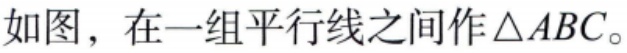
如图，在一组平行线之间作\(\triangle ABC\)。